Civil Veterinary Department. Madras. Admin. report 1926-33 - 1926-1933
Year: 1926
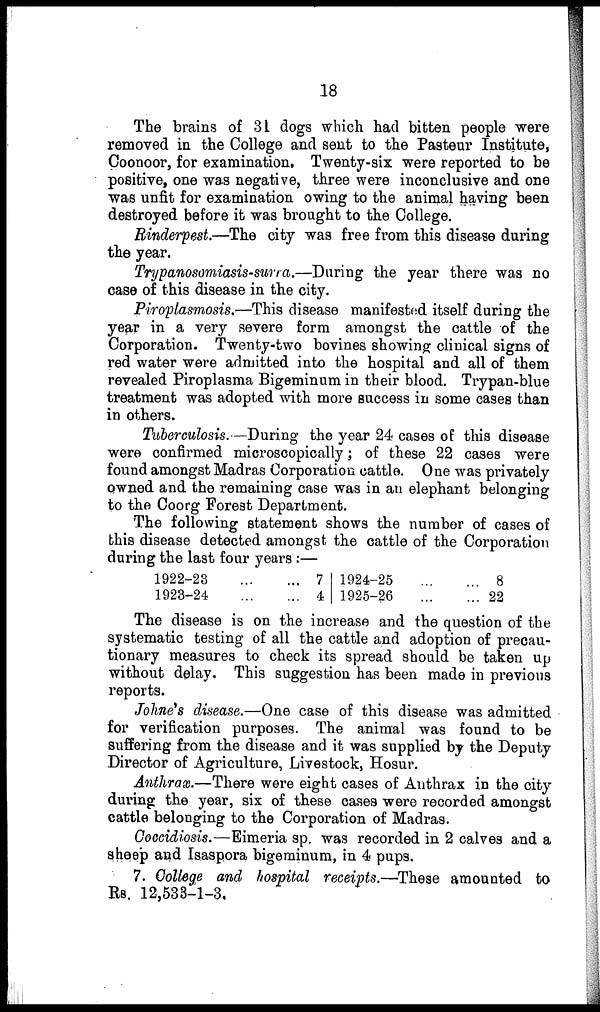
18
The brains of 31 dogs which had bitten people were
removed in the College and sent to the Pasteur Institute,
Coonoor, for examination. Twenty-six were reported to be
positive, one was negative, three were inconclusive and one
was unfit for examination owing to the animal having been
destroyed before it was brought to the College.
Rinderpest.—The city was free from this disease during
the year.
Trypanosomiasis-surra.—During the year there was no
case of this disease in the city.
Piroplasmosis.—This disease manifested itself during the
year in a very severe form amongst the cattle of the
Corporation. Twenty-two bovines showing clinical signs of
red water were admitted into the hospital and all of them
revealed Piroplasma Bigeminum in their blood. Trypan-blue
treatment was adopted with more success in some cases than
in others.
Tuberculosis.—During the year 24 cases of this disease
were confirmed microscopically; of these 22 cases were
found amongst Madras Corporation cattle. One was privately
owned and the remaining case was in an elephant belonging
to the Coorg Forest Department.
The following statement shows the number of cases of
this disease detected amongst the cattle of the Corporation
during the last four years :—
1922-23
1923-24
...
...
...
...
7
4
1924-25
1925-26
...
...
...
...
8
22
The disease is on the increase and the question of the
systematic testing of all the cattle and adoption of precau-
tionary measures to check its spread should be taken up
without delay. This suggestion has been made in previous
reports.
Johne's disease.—One case of this disease was admitted
for verification purposes. The animal was found to be
suffering from the disease and it was supplied by the Deputy
Director of Agriculture, Livestock, Hosur.
Anthrax.—There were eight cases of Anthrax in the city
during the year, six of these cases were recorded amongst
cattle belonging to the Corporation of Madras.
Coccidiosis.—Eimeria sp. was recorded in 2 calves and a
sheep and Isaspora bigeminum, in 4 pups.
7. College and hospital receipts.—These amounted to
Rs. 12,533-1-3,